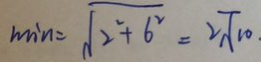
\min = \sqrt { 2 ^ { 2 } + 6 ^ { 2 } } = 2 \sqrt { 1 0 } \cdot